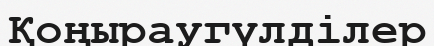
Қоңыраугүлділер